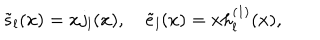
\tilde { s } _ { l } ( x ) = x j _ { l } ( x ) , \quad \tilde { e } _ { l } ( x ) = x h _ { l } ^ { ( 1 ) } ( x ) ,